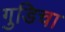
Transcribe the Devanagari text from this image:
गुडिचा